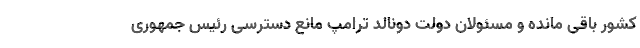
کشور باقی مانده و مسئولان دولت دونالد ترامپ مانع دسترسی رئیس جمهوری